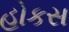
હોકસ